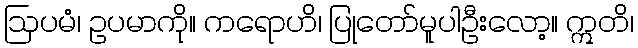
ဩပမံ၊ ဥပမာကို။ ကရောဟိ၊ ပြုတော်မူပါဦးလော့။ ဣတိ၊